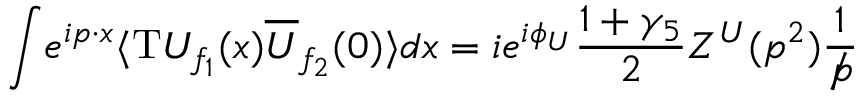
{ \displaystyle \int } e ^ { { i p \cdot x } } \langle \mathrm { T } { U _ { { f _ { 1 } } } } ( x ) { \overline { { { U } } } _ { { f _ { 2 } } } } ( 0 ) \rangle d x = i e ^ { { i { \phi _ { U } } } } { \displaystyle \frac { 1 + { \gamma _ { 5 } } } { 2 } } Z ^ { U } ( p ^ { 2 } ) { \displaystyle \frac { 1 } { { / \! \! \! } p } } { }